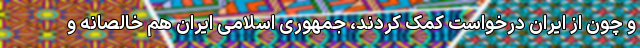
و چون از ایران درخواست کمک کردند، جمهوری اسلامی ایران هم خالصانه و